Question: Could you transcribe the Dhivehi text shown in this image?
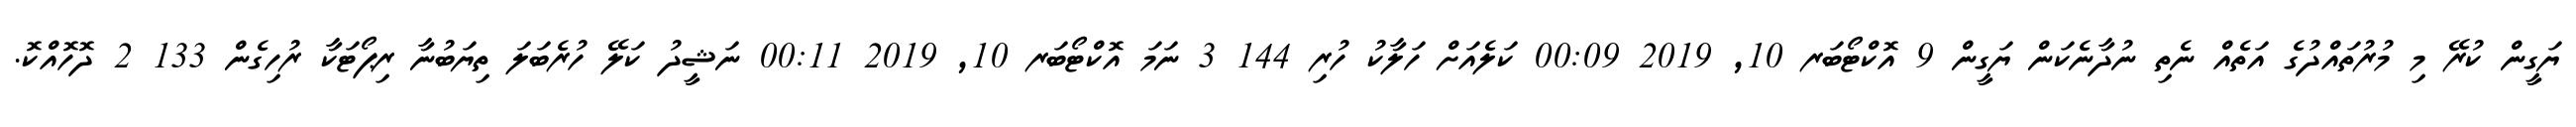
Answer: ޔަގީން ކުރޭ މި މުރުތައްދުގެ އަތެއް ނެތި ނުދާނެކަން ޔަގީން 9 އޮކްޓޯބަރ 10, 2019 00:09 ކަލެއަށް ހަލާކު ހުރި 144 3 ނަމަ އޮކްޓޯބަރ 10, 2019 00:11 ނަޝީދު ކަލޭ ހުރެބަލަ ތިޔަބުނާ ރިޕޯޓަކާ ރުހިގެން 133 2 ދޮހޮއްކޮ.